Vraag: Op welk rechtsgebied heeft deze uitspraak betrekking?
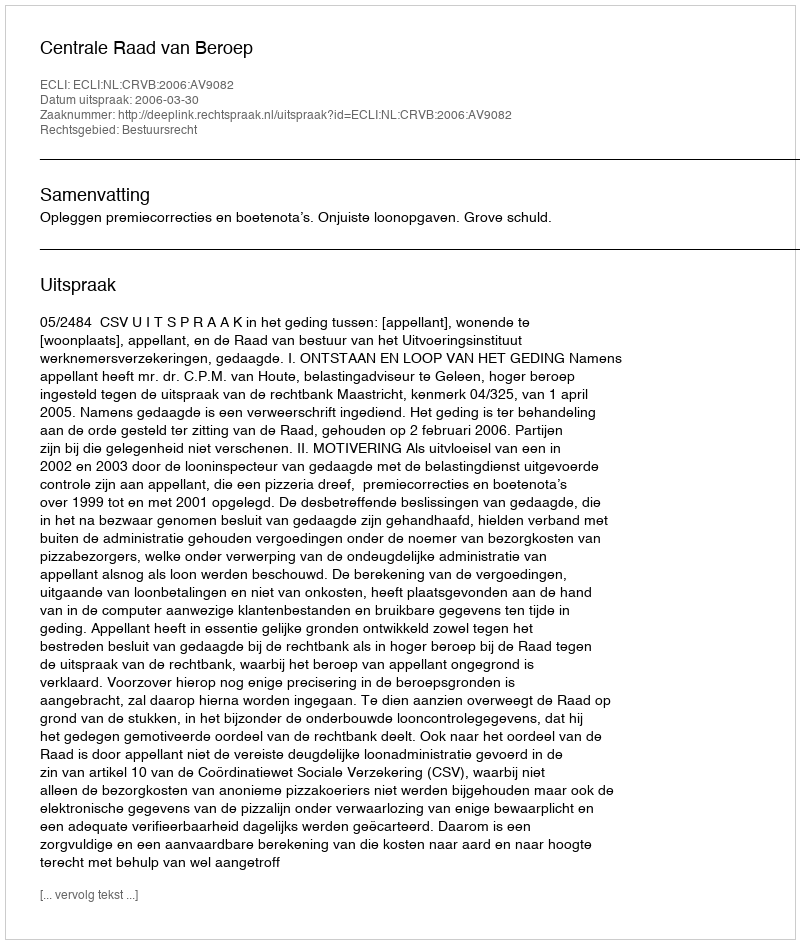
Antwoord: Bestuursrecht